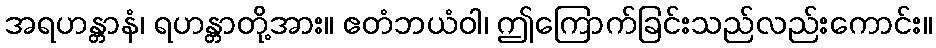
အရဟန္တာနံ၊ ရဟန္တာတို့အား။ ဧတံဘယံဝါ၊ ဤကြောက်ခြင်းသည်လည်းကောင်း။